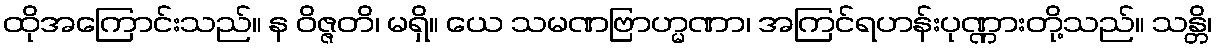
ထိုအကြောင်းသည်။ န ဝိဇ္ဇတိ၊ မရှိ။ ယေ သမဏဗြာဟ္မဏာ၊ အကြင်ရဟန်းပုဏ္ဏားတို့သည်။ သန္တိ၊